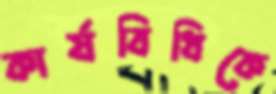
কার্যবিধিকে